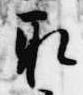
取